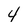
Character: 4